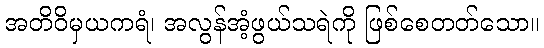
အတိဝိမှယကရံ၊ အလွန်အံ့ဖွယ်သရဲကို ဖြစ်စေတတ်သော။